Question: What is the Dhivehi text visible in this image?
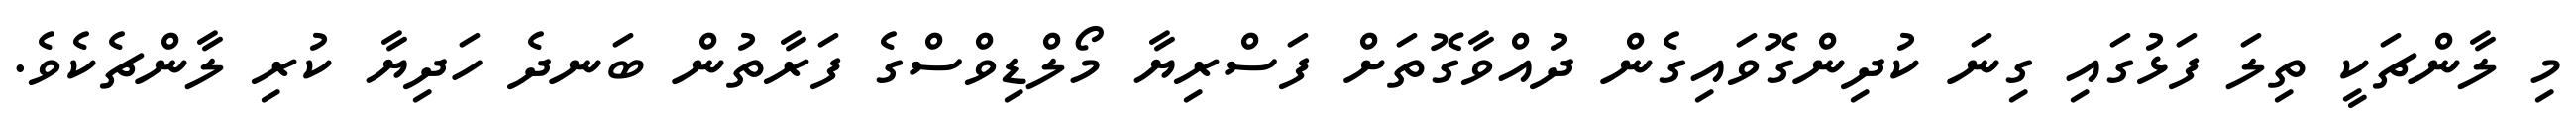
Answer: މި ލާންޗަކީ ތިލަ ފަޅުގައި ގިނަ ކުދިންގޮވައިގެން ދުއްވާގޮތަށް ފަސްރިޔާ މޯލްޑިވްސްގެ ފަރާތުން ބަނދެ ހަދިޔާ ކުރި ލާންޗެކެވެ.